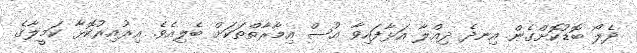
ދެލޯ ބޮޑުކޮށްގެން އިނދެ ދިއްލާ އަޅާފައިވާ އުސް އިމާރާތްތަކަށް ބެލިއެވެ. އިރުއިރުކޮޅާ ކަމީލާގެ